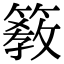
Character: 𥲯